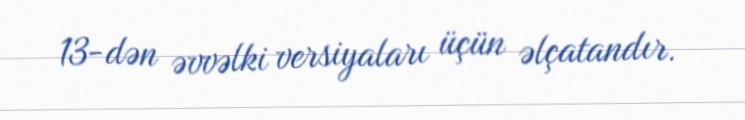
13-dən əvvəlki versiyaları üçün əlçatandır.